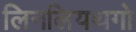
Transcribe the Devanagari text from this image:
लिनलियथगो